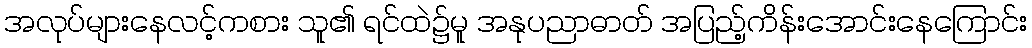
အလုပ်များနေလင့်ကစား သူ၏ ရင်ထဲ၌မူ အနုပညာဓာတ် အပြည့်ကိန်းအောင်းနေကြောင်း